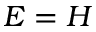
E = H